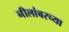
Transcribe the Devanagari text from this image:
नीलांबरच्या